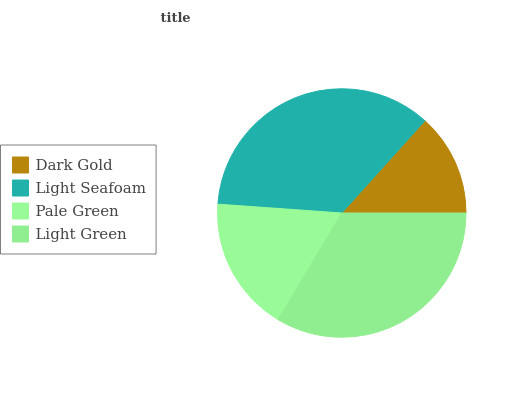
| Dark Gold | Light Seafoam | Pale Green | Light Green |
 | --- | --- | --- | --- |
 | 13.3% | 35.5% | 17.5% | 33.6% |